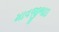
માવજીભાઇ